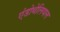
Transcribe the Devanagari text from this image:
एंडोथेलियल